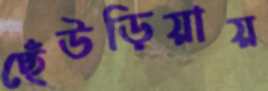
ছেঁউড়িয়ায়